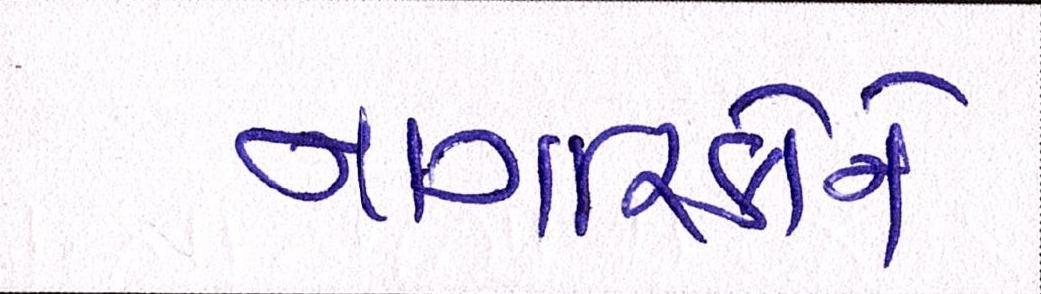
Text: નાગરિકોને